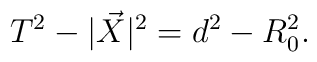
T^2-|\vec X|^2 = d^2-R_0^2.